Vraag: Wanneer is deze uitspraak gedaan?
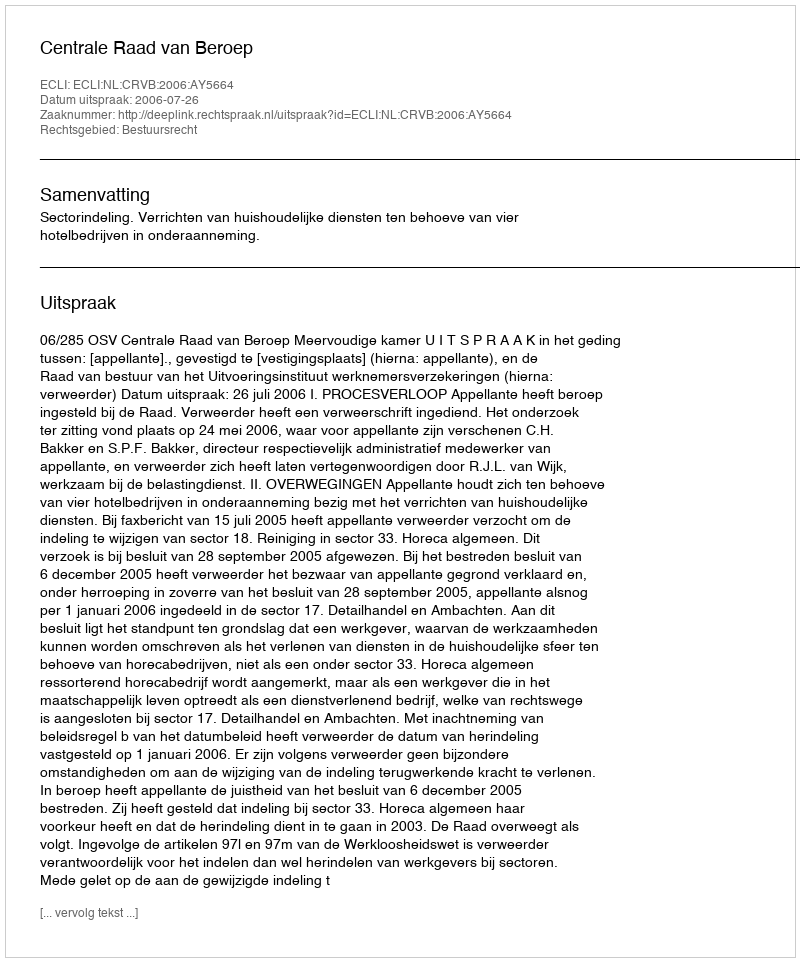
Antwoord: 2006-07-26